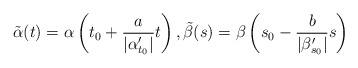
\begin{align*}\tilde\alpha(t)=\alpha\left(t_0+\frac{a}{|\alpha'_{t_0}|}t\right),\tilde \beta(s)=\beta\left(s_0-\frac{b}{|\beta'_{s_0}|}s\right)\end{align*}